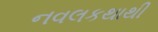
નવલકથાથી